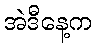
အဲဒီနေ့က